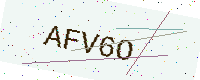
Text: AFV6O